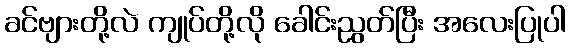
ခင်ဗျားတို့လဲ ကျုပ်တို့လို ခေါင်းညွတ်ပြီး အလေးပြုပါ